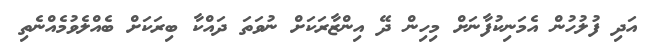
އަދި ފުލުހުން އެމަނިކުފާނަށް މިހިން ދޭ އިންޒާރަކަށް ނުވަތަ ދައްކާ ބިރަކަށް ބެއްލެވުމެއްނެތި